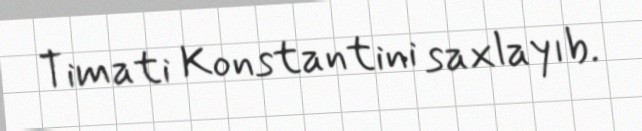
Timati Konstantini saxlayıb.